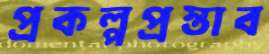
প্রকল্পপ্রস্তাব